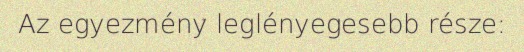
Az egyezmény leglényegesebb része: